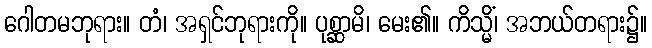
ဂေါတမဘုရား။ တံ၊ အရှင်ဘုရားကို။ ပုစ္ဆာမိ၊ မေး၏။ ကိသ္မိံ၊ အဘယ်တရား၌။